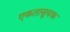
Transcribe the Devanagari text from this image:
एकतासूचक